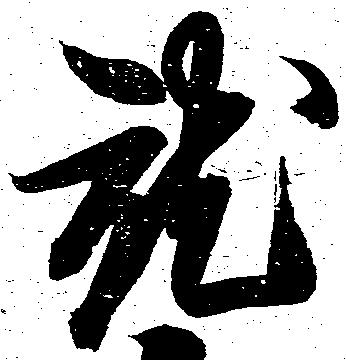
就